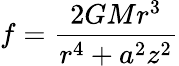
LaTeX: f={\frac{2GMr^{3}}{r^{4}+a^{2}z^{2}}}